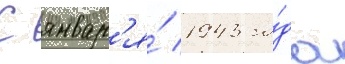
С январ'я́ 1943 го́да